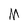
Character: M